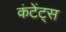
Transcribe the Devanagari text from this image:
कंटेंट्स